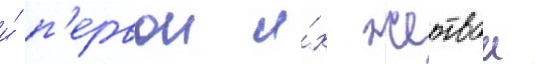
и́ п'ервои и́х жертвои